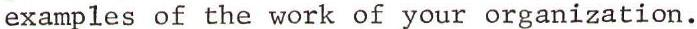
examples of the work of your organization.